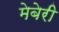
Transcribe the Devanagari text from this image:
मेबेरी